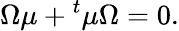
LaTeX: \Omega\mu+{}^{t}\mu\Omega=0.